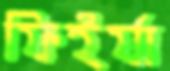
ফিইর্যা